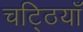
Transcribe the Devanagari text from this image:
चट्ठियाँ